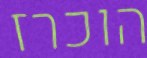
הוכרז